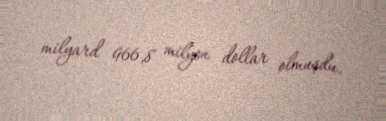
milyard 966,8 milyon dollar olmuşdu.